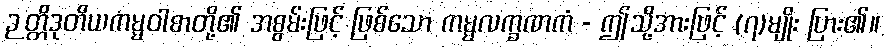
ဉတ္တိဒုတိယကမ္မဝါစာတို့၏ အစွမ်းဖြင့် ဖြစ်သော ကမ္မလက္ခဏကံ - ဤသို့အားဖြင့် (၇)မျိုး ပြား၏။